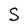
Character: S